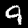
Digit: 9